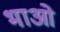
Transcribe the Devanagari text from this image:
भाओ